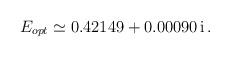
LaTeX: \begin{align*}E_{opt}\simeq 0.42149+0.00090\,{\rm i}\,.\end{align*}